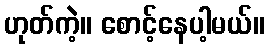
ဟုတ်ကဲ့။ စောင့်နေပါ့မယ်။